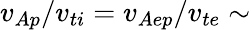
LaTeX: v_{Ap}/v_{ti}=v_{Aep}/v_{te}\sim